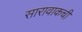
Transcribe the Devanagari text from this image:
सारावाकची